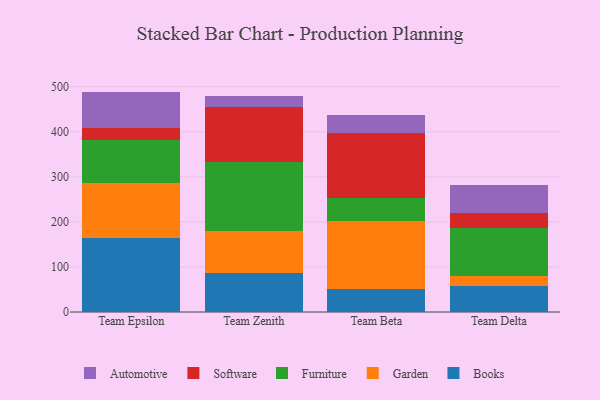
{"axis": {"x": "Team", "y": "Production Output"}, "legend": ["Automotive", "Books", "Furniture", "Garden", "Software"], "data": [{"x": "Team Epsilon", "y": 164.2, "type": "Books"}, {"x": "Team Epsilon", "y": 121.0, "type": "Garden"}, {"x": "Team Epsilon", "y": 96.4, "type": "Furniture"}, {"x": "Team Epsilon", "y": 26.3, "type": "Software"}, {"x": "Team Epsilon", "y": 81.1, "type": "Automotive"}, {"x": "Team Zenith", "y": 85.6, "type": "Books"}, {"x": "Team Zenith", "y": 93.3, "type": "Garden"}, {"x": "Team Zenith", "y": 153.0, "type": "Furniture"}, {"x": "Team Zenith", "y": 123.4, "type": "Software"}, {"x": "Team Zenith", "y": 24.3, "type": "Automotive"}, {"x": "Team Beta", "y": 50.4, "type": "Books"}, {"x": "Team Beta", "y": 151.6, "type": "Garden"}, {"x": "Team Beta", "y": 50.6, "type": "Furniture"}, {"x": "Team Beta", "y": 144.4, "type": "Software"}, {"x": "Team Beta", "y": 40.7, "type": "Automotive"}, {"x": "Team Delta", "y": 58.4, "type": "Books"}, {"x": "Team Delta", "y": 21.5, "type": "Garden"}, {"x": "Team Delta", "y": 107.0, "type": "Furniture"}, {"x": "Team Delta", "y": 32.4, "type": "Software"}, {"x": "Team Delta", "y": 62.2, "type": "Automotive"}]}